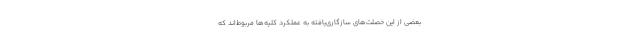
بعضی از این خصلت‌های سازگاری‌یافته به عملکرد کلیه‌ها مربوط‌اند که